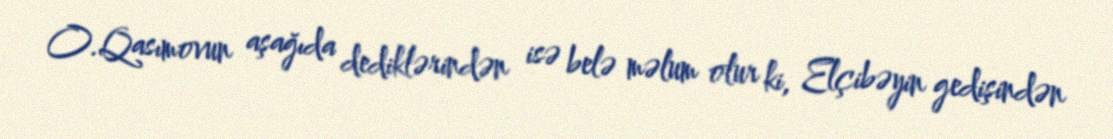
O.Qasımovun aşağıda dediklərindən isə belə məlum olur ki, Elçibəyin gedişindən